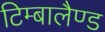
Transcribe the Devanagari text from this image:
टिम्बालैण्ड